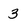
Character: 3